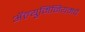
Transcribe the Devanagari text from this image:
ॲल्युमिनियमचे